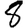
Digit: 8